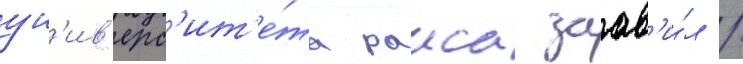
ун'ив'ерс'ит'е́та раиса заав'и́л /